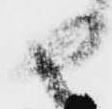
由